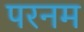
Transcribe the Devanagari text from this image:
परनम